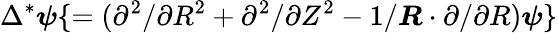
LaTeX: \Delta^{*}\boldsymbol{\psi}\{ =(\partial^{2}/\partial R^{2}+\partial^{2}/\partial Z^{2}-1/\boldsymbol{R}\cdot\partial/\partial R)\boldsymbol{\psi}\}